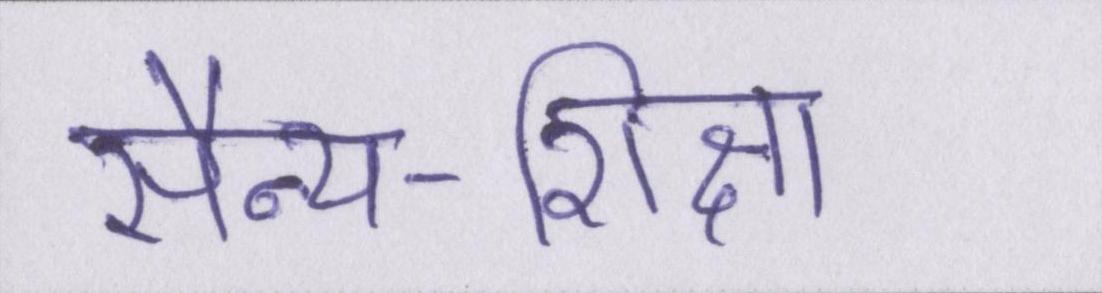
सैन्य-शिक्षा